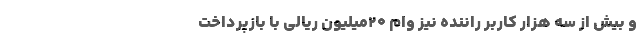
و بیش از سه هزار کاربر راننده نیز وام ۲۰میلیون ریالی با بازپرداخت